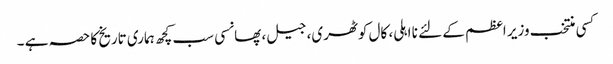
کسی منتخب وزیر اعظم کے لئے نا اہلی، کال کوٹھری، جیل، پھانسی سب کچھ ہماری تاریخ کا حصہ ہے ۔